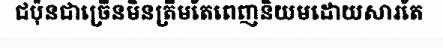
ជប៉ុនជាច្រើនមិនត្រឹមតែពេញនិយមដោយសារតែ